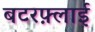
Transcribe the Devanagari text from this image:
बटरफ़्लाई